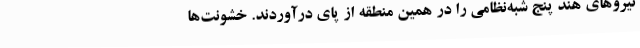
نیروهای هند پنج شبه‌نظامی را در همین منطقه از پای درآوردند. خشونت‌ها